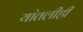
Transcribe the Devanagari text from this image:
यांतलीही